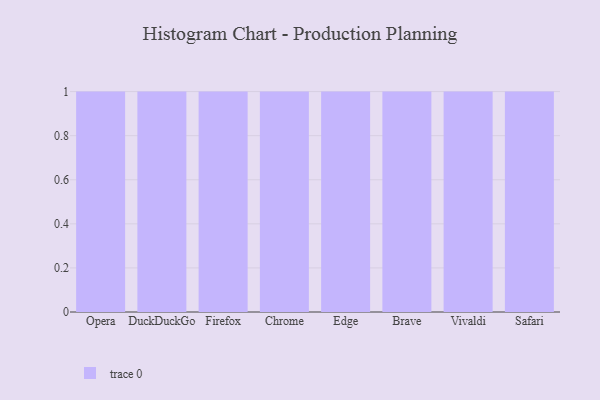
{"axis": {"x": "Browser", "y": "Headcount"}, "legend": [""], "data": [{"x": "Opera", "y": 83, "type": ""}, {"x": "DuckDuckGo", "y": 50, "type": ""}, {"x": "Firefox", "y": 1, "type": ""}, {"x": "Chrome", "y": 67, "type": ""}, {"x": "Edge", "y": 22, "type": ""}, {"x": "Brave", "y": 100, "type": ""}, {"x": "Vivaldi", "y": 60, "type": ""}, {"x": "Safari", "y": 22, "type": ""}]}